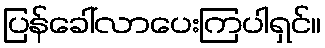
ပြန်ခေါ်လာပေးကြပါရှင်။